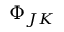
\Phi _ { J K }